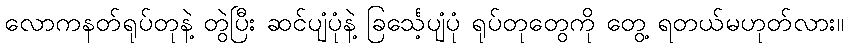
လောကနတ်ရုပ်တုနဲ့ တွဲပြီး ဆင်ပျံပုံနဲ့ ခြင်္သေ့ပျံပုံ ရုပ်တုတွေကို တွေ့ ရတယ်မဟုတ်လား။